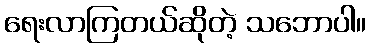
ရေးလာကြတယ်ဆိုတဲ့ သဘောပါ။